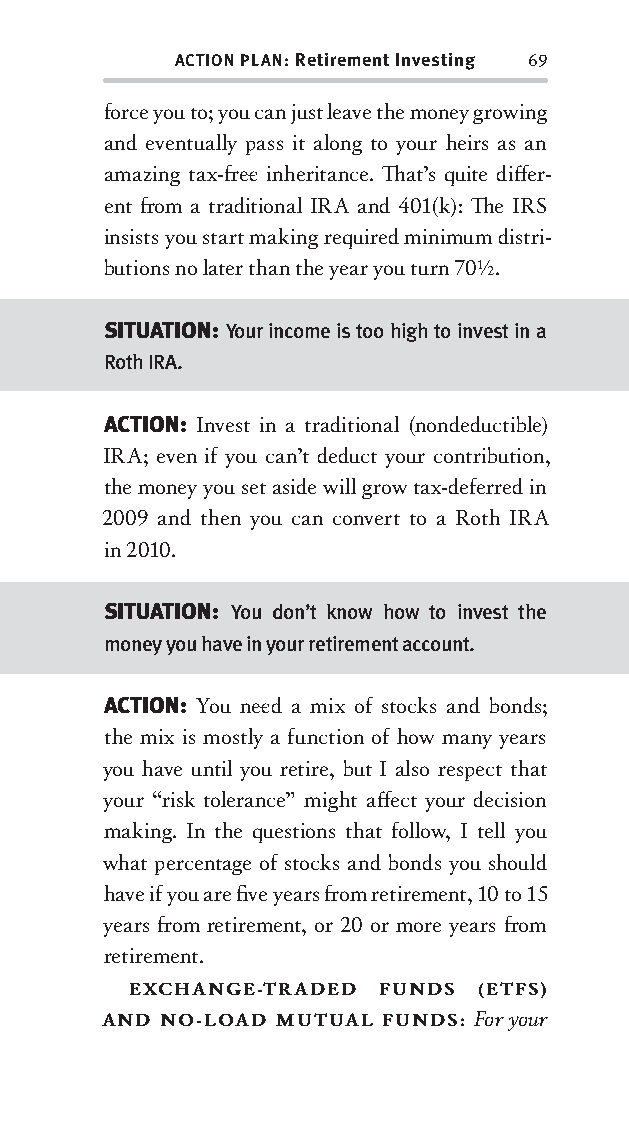
ACTION PLAN: Retirement Investing 69
 force you to; you can just leave the money growing
 and eventually pass it along to your heirs as an
 amazing tax-fr ee inheritance. Th at’s quite diff er-
 ent fr om a traditional IRA and 401(k): Th e IRS
 insists you start making required minimum distri-
 butions no later than the year you turn 70½.
 SITUATION: Your income is too high to invest in a
 Roth IRA.
 ACTION: Invest in a traditional (nondeductible)
 IRA; even if you can’t deduct your contribution,
 the money you set aside will grow tax-deferred in
 2009 and then you can convert to a Roth IRA
 in 2010.
 SITUATION: You don’t know how to invest the
 money you have in your retirement account.
 ACTION: You nee d a mix of stocks and bonds;
 the mix is mostly a function of how many years
 you have until you retire, but I also respect that
 your “risk tolerance” might aff ect your decision
 making. In the questions that follow, I tell you
 what percentage of stocks and bonds you should
 have if you are fi ve years fr om retirement, 10 to 15
 years fr om retirement, or 20 or more years fr om
 retirement.
 EXCHANGE-TRADED  FUNDS (ETFS)
 AND NO-LOAD MUTUAL FUNDS: For your
 OOrrmmaa__99778800338855553300993344__44pp__aallll__rr11..iinndddd 6699 1122//33//0088 99::3311::1111 AAMM